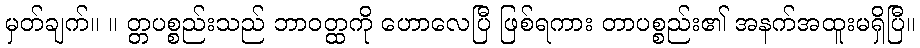
မှတ်ချက်။ ။ တ္တပစ္စည်းသည် ဘာဝတ္ထကို ဟောလေပြီ ဖြစ်ရကား တာပစ္စည်း၏ အနက်အထူးမရှိပြီ။